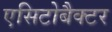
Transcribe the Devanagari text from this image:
एसिटोबैक्टर